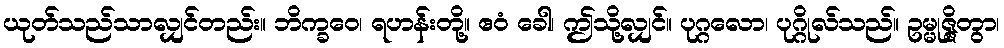
ယုတ်သည်သာလျှင်တည်း။ ဘိက္ခဝေ၊ ရဟန်းတို့။ ဧဝံ ခေါ၊ ဤသို့လျှင်။ ပုဂ္ဂလော၊ ပုဂ္ဂိုလ်သည်။ ဥမ္မုဇ္ဇိတွာ၊